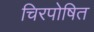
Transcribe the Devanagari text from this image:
चिरपोषित